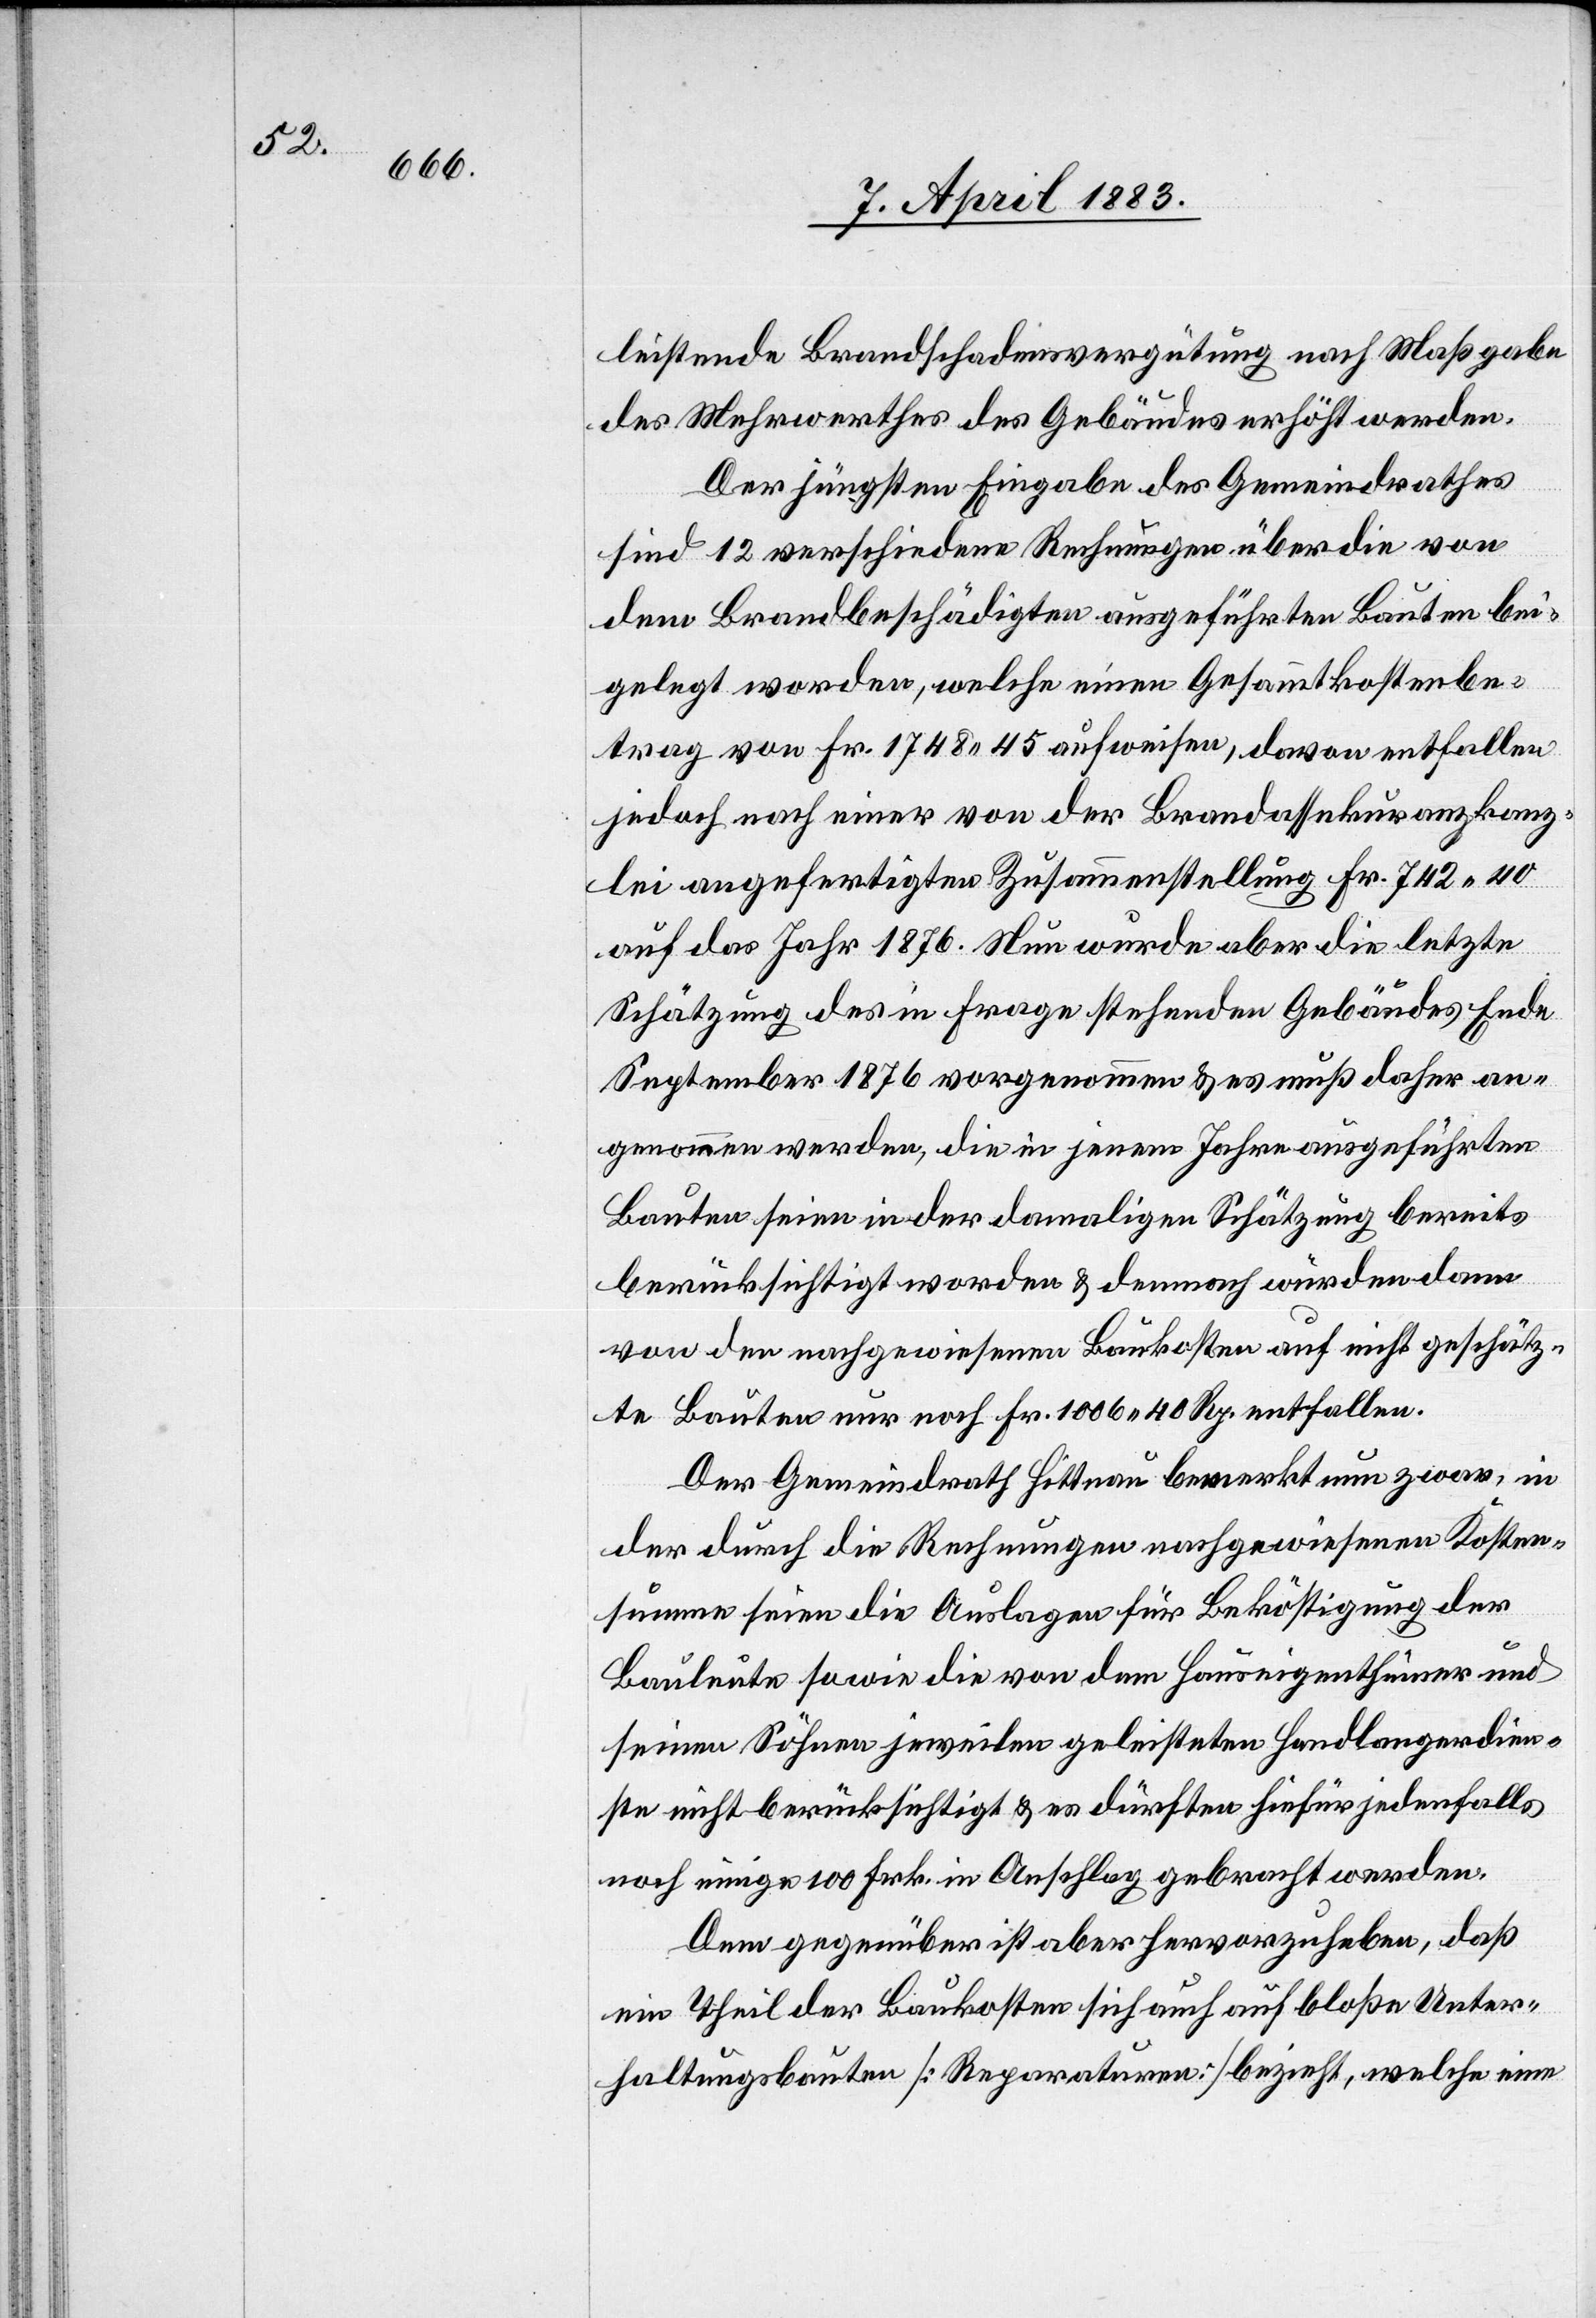
leistende Brandschadensvergütung nach Maßgabe
des Mehrwerthes des Gebäudes erhöht werden.
Der jüngsten Eingabe des Gemeindrathes
sind 12 verschiedene Rechnungen über die von
dem Brandbeschädigten ausgeführten Bauten bei¬
gelegt worden, welche einen Gesammtkostenbe¬
trag von Fr. 1748 45 aufweisen, davon enthalten
jedoch nach einer von der Brandassekuranzkanz¬
lei angefertigten Zusammenstellung Fr. 742 40
auf das Jahr 1876. Nun wurde aber die letzte
Schätzung des in Frage stehenden Gebäudes Ende
September 1876 vorgenommen & es muß daher an¬
genommen werden, die in jenen Jahren ausgeführten
Bauten seien in der damaligen Schätzung bereits
berücksichtigt worden & demnach würden dann
von den nachgewiesenen Baukosten auf nicht geschätz¬
te Bauten nur noch Fr. 1006 40 Rp. entfallen.
Der Gemeindrath Hittnau bemerkt nun zwar, in
der durch die Rechnungen nachgewiesenen Kosten¬
summe seien die Auslagen für Beköstigung der
Bauleute sowie die von dem Hauseigenthümer und
seinen Söhnen jeweilen geleisteten Handlangerdien¬
ste nicht berücksichtigt & es dürften hiefür jedenfalls
noch einige 100 Frk. in Anschlag gebracht werden.
Dem gegenüber ist aber hervorzuheben, daß
ein Theil der Baukosten sich auch auf bloße Unter¬
haltungsbauten [Reparaturen] bezieht, welche eine